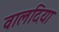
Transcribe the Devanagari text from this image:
वालदिया